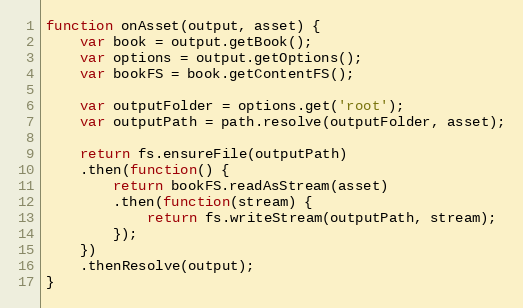
Language: JavaScript
function onAsset(output, asset) {
    var book = output.getBook();
    var options = output.getOptions();
    var bookFS = book.getContentFS();

    var outputFolder = options.get('root');
    var outputPath = path.resolve(outputFolder, asset);

    return fs.ensureFile(outputPath)
    .then(function() {
        return bookFS.readAsStream(asset)
        .then(function(stream) {
            return fs.writeStream(outputPath, stream);
        });
    })
    .thenResolve(output);
}